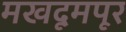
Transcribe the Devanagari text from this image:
मखदूमपूर